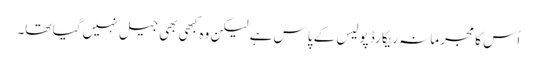
اُس کا مجرمانہ ریکارڈ پولیس کے پاس ہے لیکن وہ کبھی بھی جیل نہیں گیا تھا۔